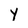
Character: Y